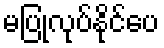
မပြုလုပ်နိုင်ပေ